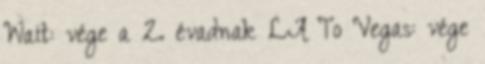
Wait: vége a 2. évadnak LA To Vegas: vége